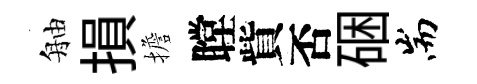
舳損擔瞠貲否硱耑